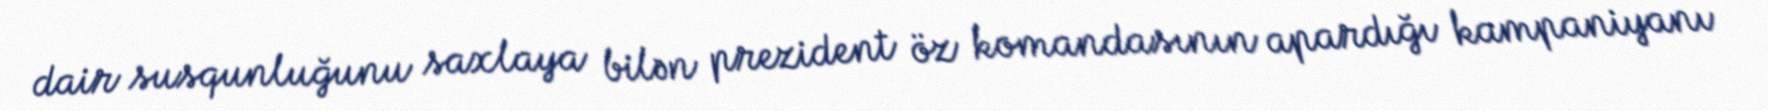
dair susqunluğunu saxlaya bilən prezident öz komandasının apardığı kampaniyanı